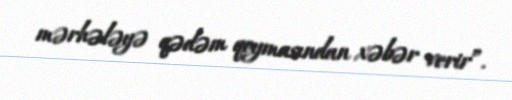
mərhələyə qədəm qoymasından xəbər verir”.